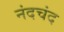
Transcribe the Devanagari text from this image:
नंदचंद